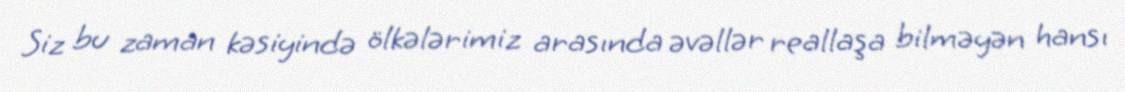
Siz bu zaman kəsiyində ölkələrimiz arasında əvəllər reallaşa bilməyən hansı